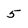
Character: 5